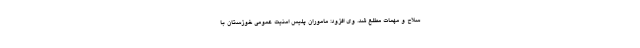
سلاح و مهمات مطلع شد. وی افزود: ماموران پلیس امنیت عمومی خوزستان با